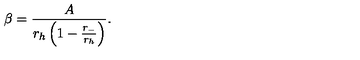
\beta = { \frac { A } { r _ { h } \left( 1 - { \frac { r _ { - } } { r _ { h } } } \right) } } .